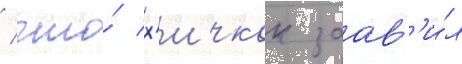
/ что́ х'ичкок заав'и́л